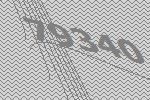
79340